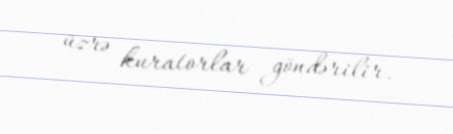
üzrə kuratorlar göndərilir.